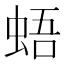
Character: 𧋋